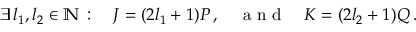
\exists \, l _ { 1 } , l _ { 2 } \in \mathbb { N } \, : \quad J = ( 2 l _ { 1 } + 1 ) P \, , \quad \mathrm { ~ a ~ n ~ d ~ } \quad K = ( 2 l _ { 2 } + 1 ) Q \, .